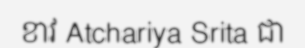
ខាវ Atchariya Srita ជា